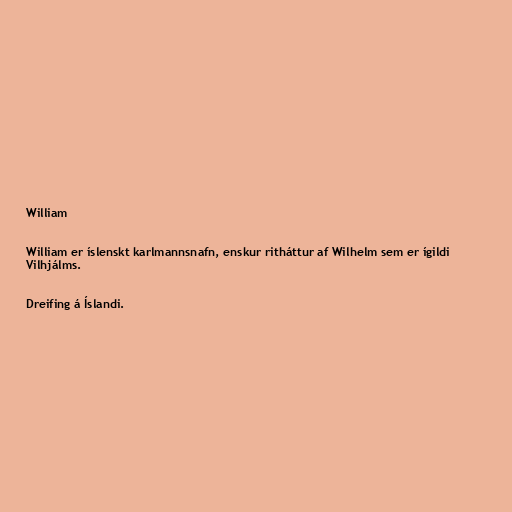
William

William er íslenskt karlmannsnafn, enskur ritháttur af Wilhelm sem er ígildi
Vilhjálms.

Dreifing á Íslandi.